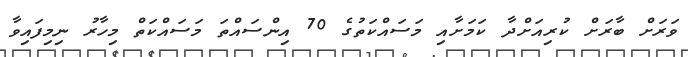
ވަރަށް ބާރަށް ކުރިއަށްދާ ކަމަށާއި މަސައްކަތުގެ 70 އިންސައްތަ މަސައްކަތް މިހާރު ނިމިފައިވާ